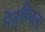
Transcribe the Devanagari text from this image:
मेनुहिनला